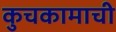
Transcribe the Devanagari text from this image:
कुचकामाची